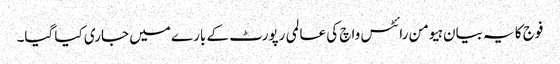
فوج کا یہ بیان ہیومن رائٹس واچ کی عالمی رپورٹ کے بارے میں جاری کیا گیا۔